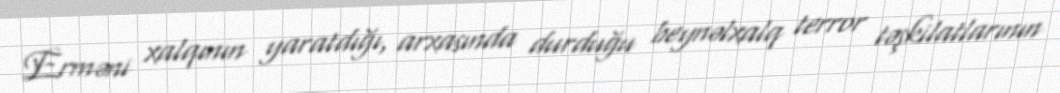
Erməni xalqının yaratdığı, arxasında durduğu beynəlxalq terror təşkilatlarının